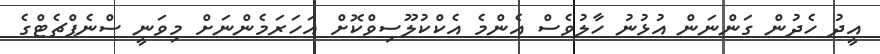
އީދު ހެދުން ގަންނަން އުޅުނު ހާލުވެސް އެންމެ އެކްކުލޫސިވްކޮށް އަހަރަމެންނަށް މިވަނީ ސްނެޕްޗެޓްގެ